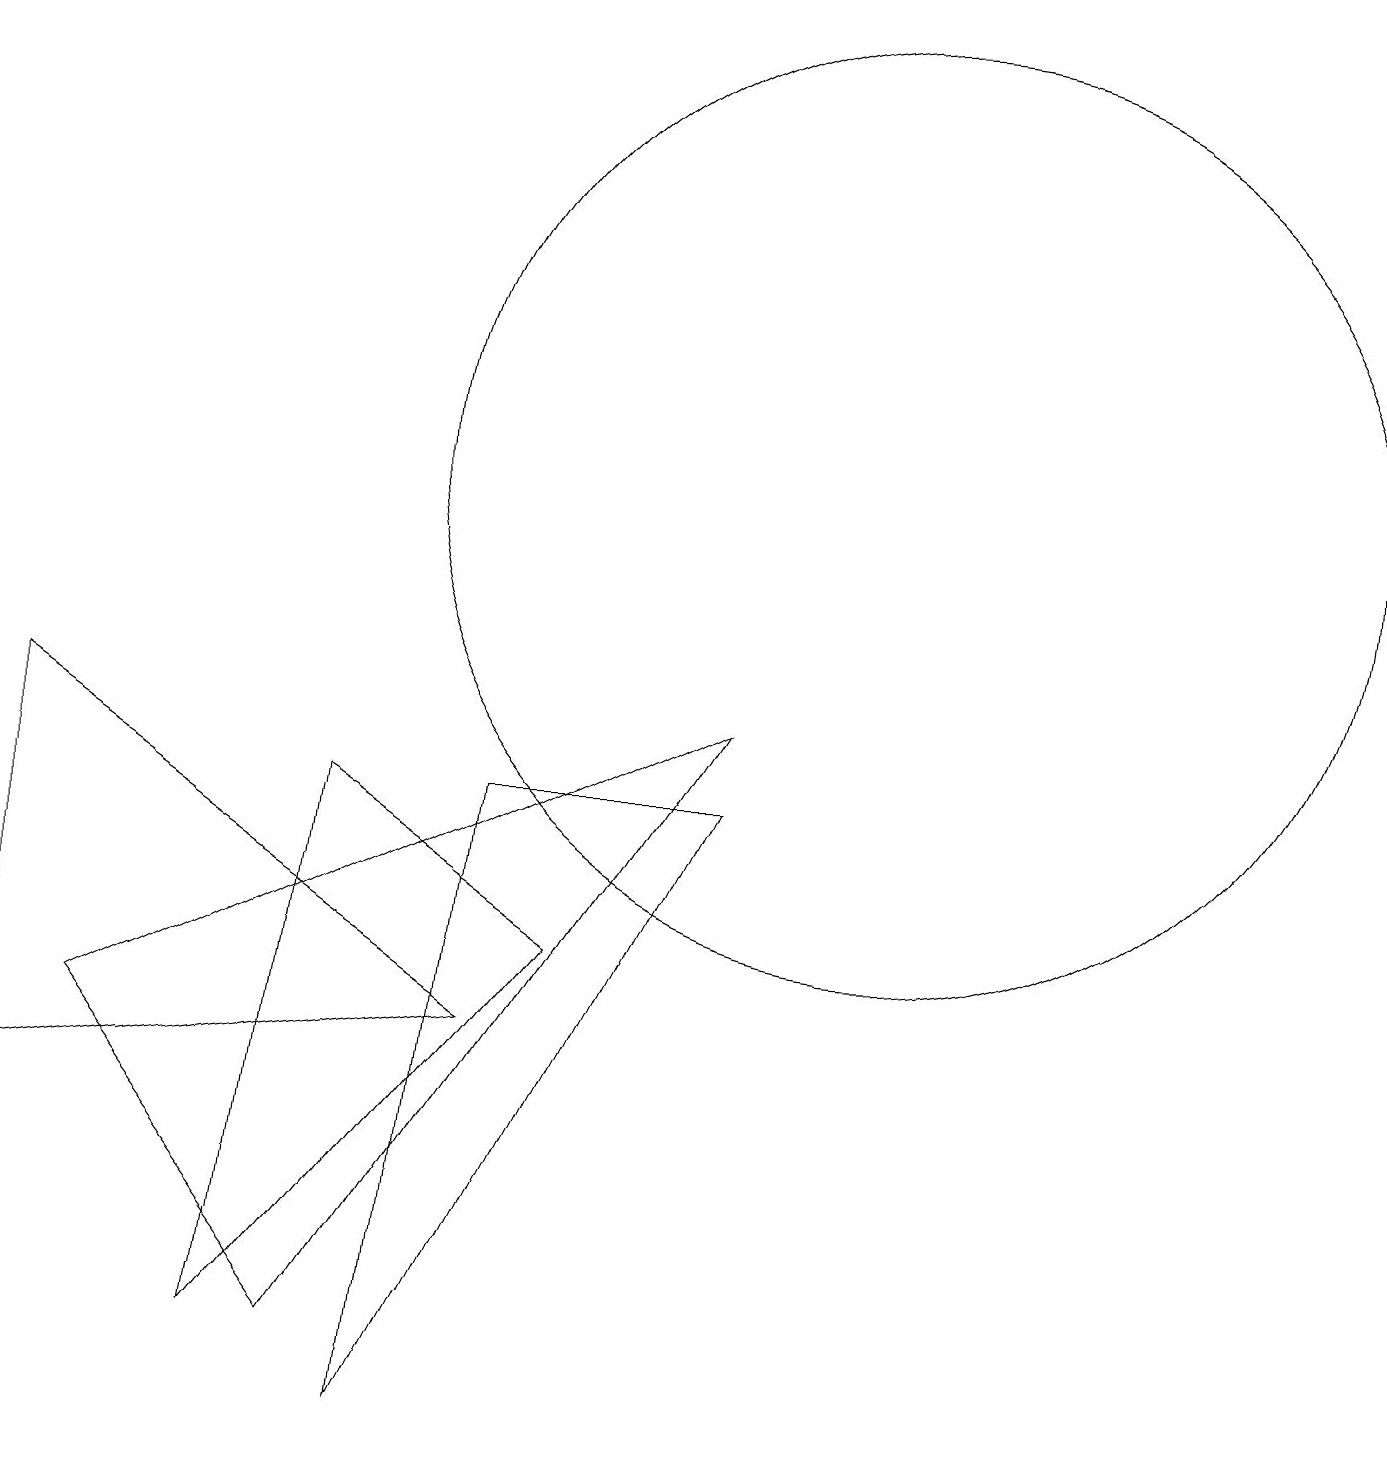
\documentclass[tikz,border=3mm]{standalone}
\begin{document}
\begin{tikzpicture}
\draw (4,8) -- (7,6) -- (3,1) -- cycle;
\draw (6,8) -- (9,8) -- (5,0) -- cycle;
\draw (11,12) circle (6);
\draw (9,9) -- (4,1) -- (1,5) -- cycle;
\draw (0,9) -- (0,4) -- (6,5) -- cycle;
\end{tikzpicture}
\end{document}